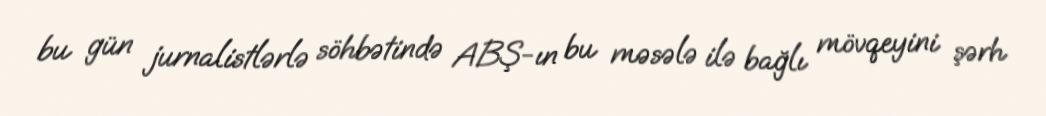
bu gün jurnalistlərlə söhbətində ABŞ-ın bu məsələ ilə bağlı mövqeyini şərh